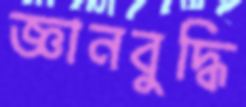
জ্ঞানবুদ্ধি